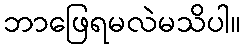
ဘာဖြေရမလဲမသိပါ။